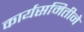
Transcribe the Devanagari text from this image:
कार्यसमितीने